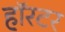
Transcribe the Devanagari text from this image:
हॉरटर